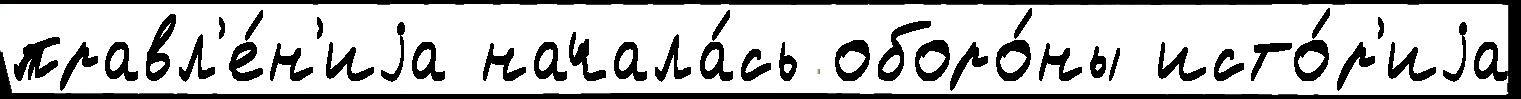
правл'е́н'иjа начала́сь оборо́ны исто́р'иjа